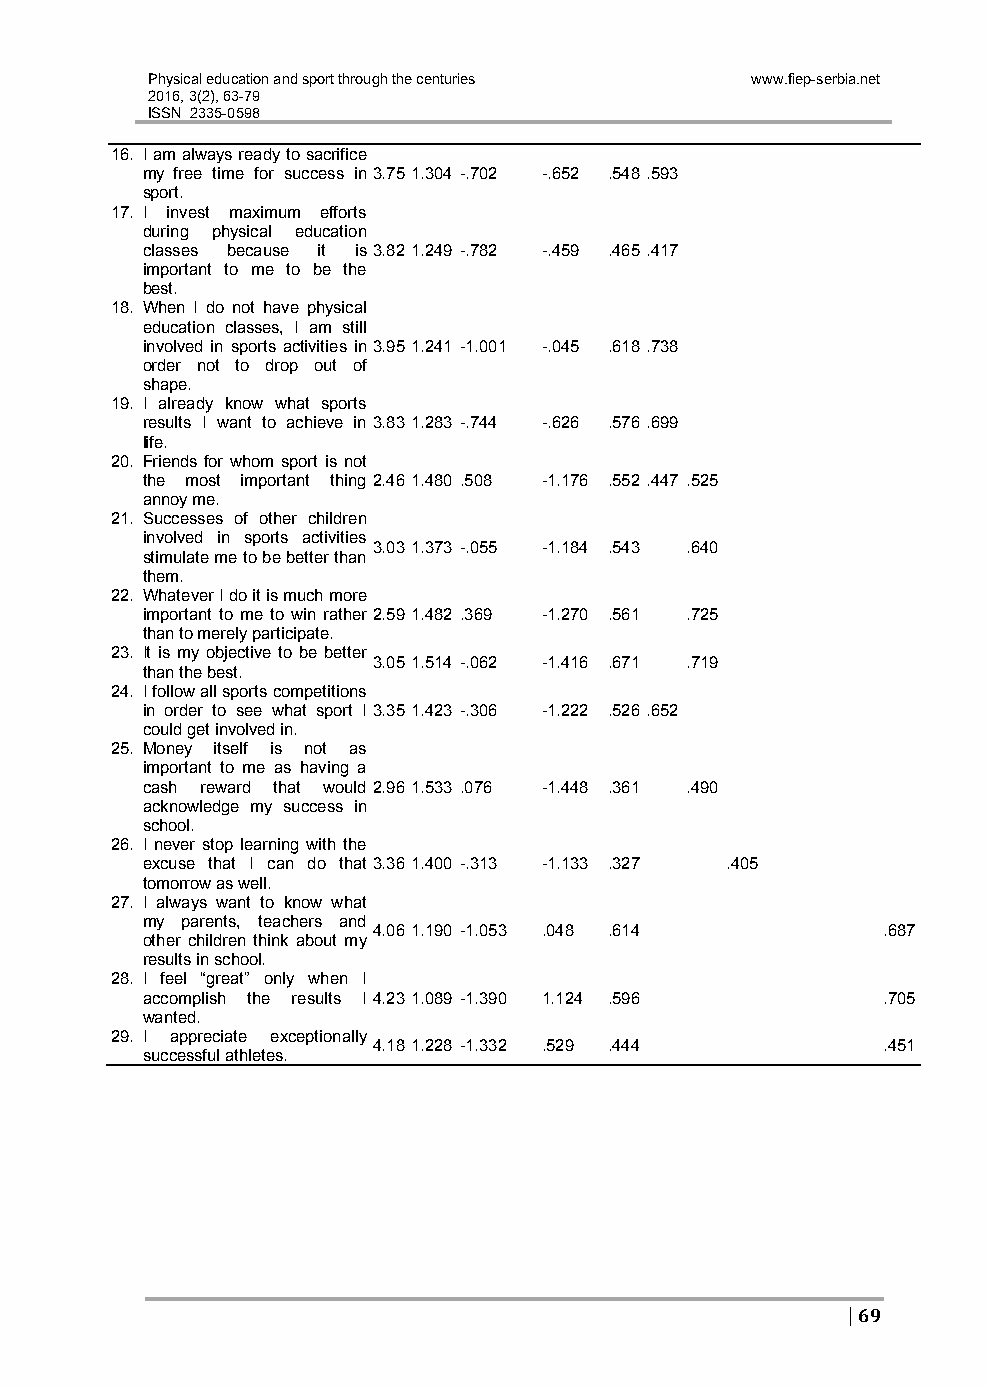
Physical education and sport through the centuries www.fiep-serbia.net
 2016, 3(2), 63-79
 ISSN 2335-0598
 16. I am always ready to sacrifice
 my free time for success in 3.751.304 -.702 -.652 .548.593
 sport.
 17. I invest maximum efforts
 during physical education
 classes because it is 3.821.249 -.782 -.459 .465.417
 important to me to be the
 best.
 18. When I do not have physical
 education classes, I am still
 involved in sports activities in 3.951.241 -1.001 -.045 .618.738
 order not to drop out of
 shape.
 19. I already know what sports
 results I want to achieve in 3.831.283 -.744 -.626 .576.699
 life.
 20. Friends for whom sport is not
 the most important thing 2.461.480 .508 -1.176 .552.447 .525
 annoy me.
 21. Successes of other children
 involved in sports activities
 3.031.373 -.055 -1.184 .543 .640
 stimulate me to be better than
 them.
 22. Whatever I do it is much more
 important to me to win rather 2.591.482 .369 -1.270 .561 .725
 than to merely participate.
 23. It is my objective to be better
 3.051.514 -.062 -1.416 .671 .719
 than the best.
 24. I follow all sports competitions
 in order to see what sport I 3.351.423 -.306 -1.222 .526.652
 could get involved in.
 25. Money itself is not as
 important to me as having a
 cash reward that would 2.961.533 .076 -1.448 .361 .490
 acknowledge my success in
 school.
 26. I never stop learning with the
 excuse that I can do that 3.361.400 -.313 -1.133 .327 .405
 tomorrow as well.
 27. I always want to know what
 my parents, teachers and
 4.061.190 -1.053 .048 .614       .687
 other children think about my
 results in school.
 28. I feel “great” only when I
 accomplish the results I 4.231.089 -1.390 1.124 .596 .705
 wanted.
 29. I appreciate exceptionally
 4.181.228 -1.332 .529 .444       .451
 successful athletes.
 | 69